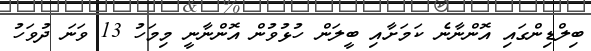
ބިލްޑިންގައި އޮންނާނެ ކަމަށާއި ބީލަން ހުޅުވުން އޮންނާނީ މިމަހު 13 ވަނަ ދުވަހު